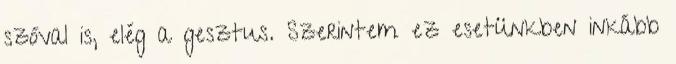
szóval is, elég a gesztus. Szerintem ez esetünkben inkább